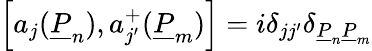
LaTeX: \left[a_{j}(\underline{{{P}}}_{n}),a_{j^{\prime}}^{+}(\underline{{{P}}}_{m})\right]=i\delta_{jj^{\prime}}\delta_{\underline{{{P}}}_{n}\underline{{{P}}}_{m}}